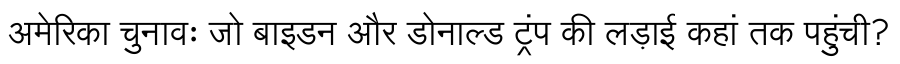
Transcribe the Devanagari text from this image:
अमेरिका चुनावः जो बाइडन और डोनाल्ड ट्रंप की लड़ाई कहां तक पहुंची?